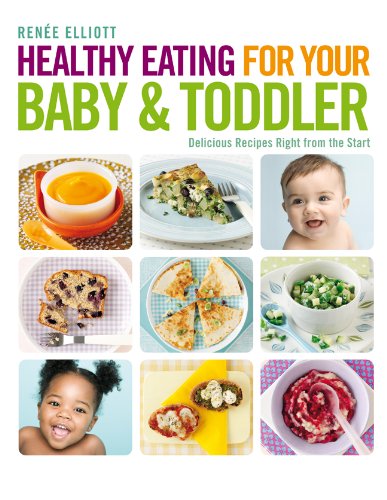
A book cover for Healthy Eating for Your Baby & Toddler: Delicious Recipes Right from the Start; Renee Elliott; Cookbooks, Food & Wine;